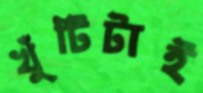
খুঁটিটাই